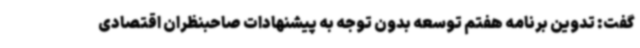
گفت: تدوین برنامه هفتم توسعه بدون توجه به پیشنهادات صاحبنظران اقتصادی